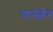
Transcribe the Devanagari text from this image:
कस्त्लेर